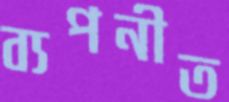
ব্যপনীত